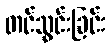
တင်သွင်းခြင်း